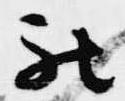
被